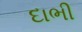
દાભી